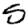
Digit: 5